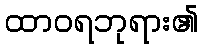
ထာဝရဘုရား၏